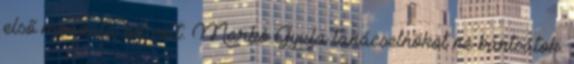
első mondata az volt: Markó Gyula tanácselnököt ne bántsátok.